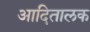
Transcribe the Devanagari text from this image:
आदितालक